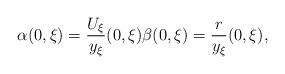
LaTeX: \begin{align*} \alpha(0,\xi)=\frac{U_\xi}{y_\xi}(0,\xi)\beta(0,\xi)=\frac{r}{y_\xi}(0,\xi),\end{align*}